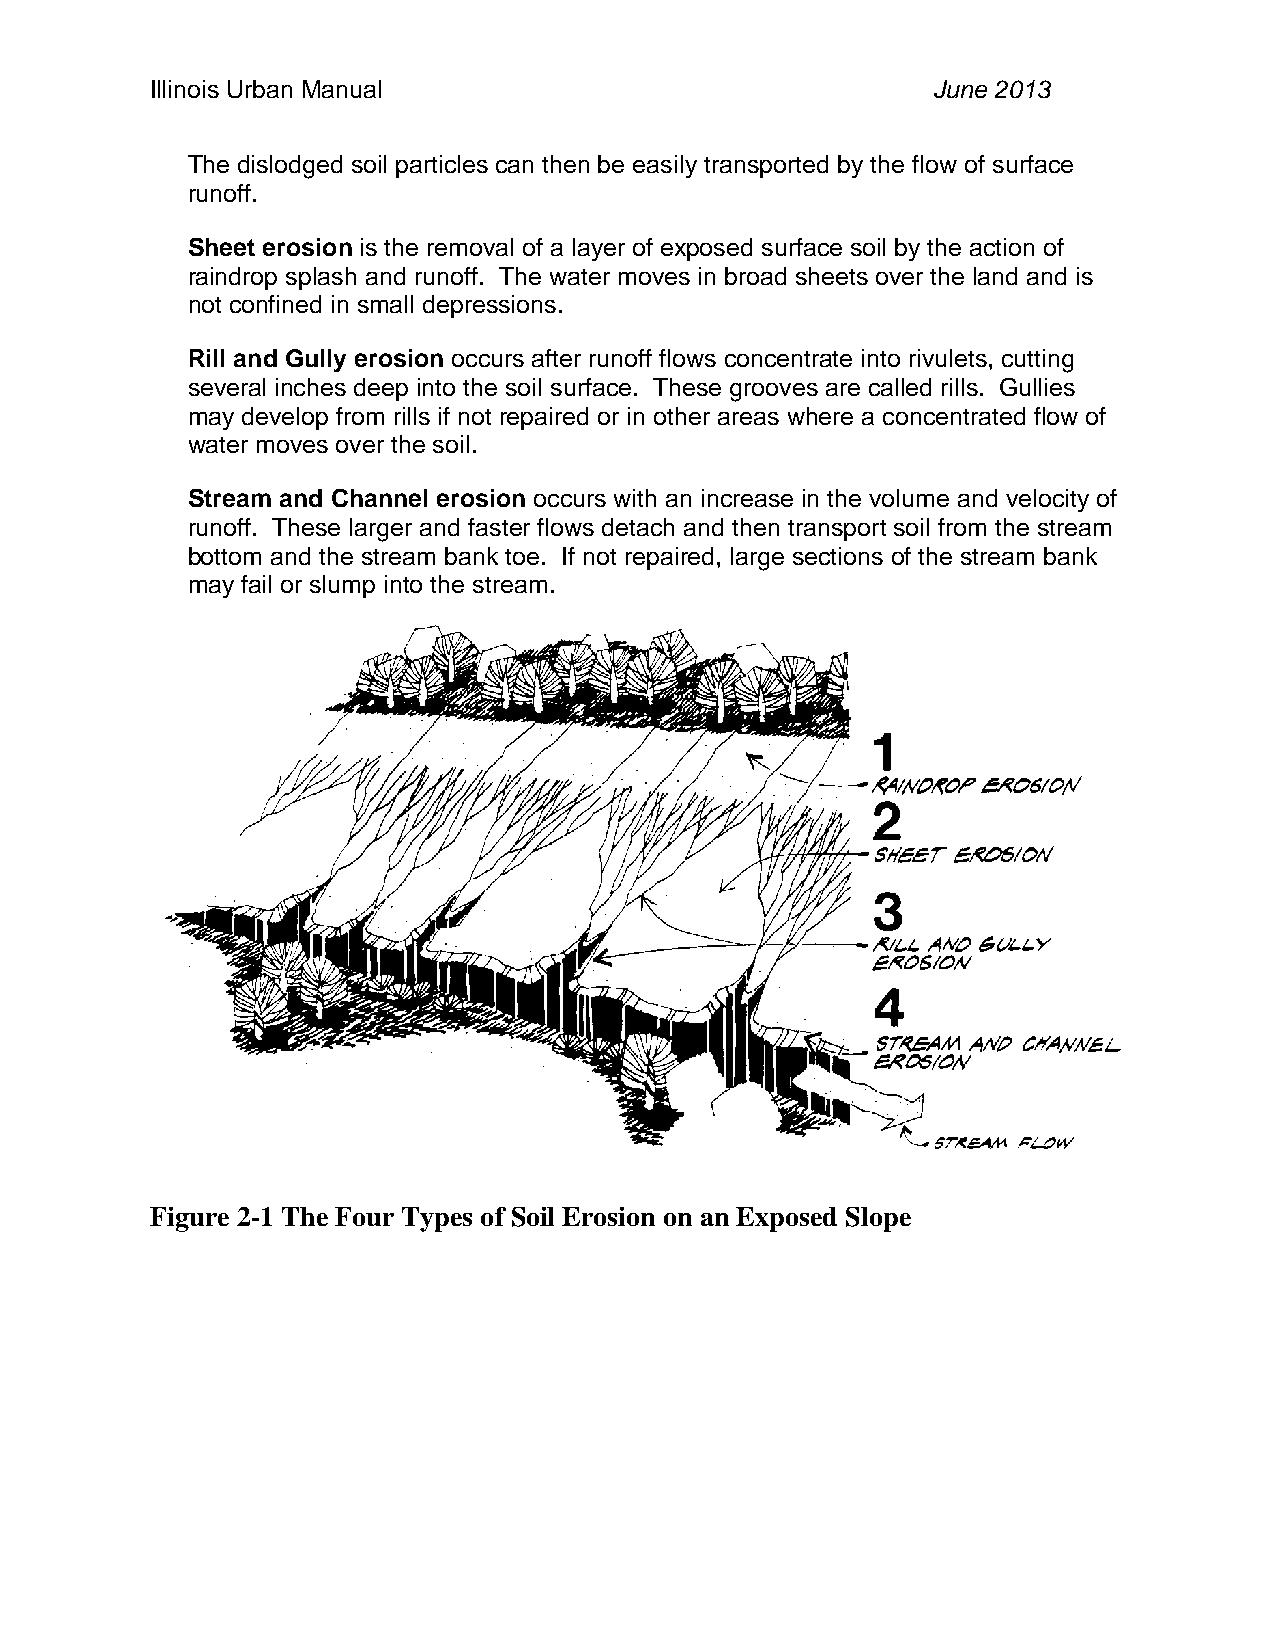
Illinois Urban Manual                               June 2013
 The dislodged soil particles can then be easily transported by the flow of surface
 runoff.
 Sheet erosion is the removal of a layer of exposed surface soil by the action of
 raindrop splash and runoff. The water moves in broad sheets over the land and is
 not confined in small depressions.
 Rill and Gully erosion occurs after runoff flows concentrate into rivulets, cutting
 several inches deep into the soil surface. These grooves are called rills. Gullies
 may develop from rills if not repaired or in other areas where a concentrated flow of
 water moves over the soil.
 Stream and Channel erosion occurs with an increase in the volume and velocity of
 runoff. These larger and faster flows detach and then transport soil from the stream
 bottom and the stream bank toe. If not repaired, large sections of the stream bank
 may fail or slump into the stream.
 Figure 2-1 The Four Types of Soil Erosion on an Exposed Slope